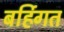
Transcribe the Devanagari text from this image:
बर्हिगत